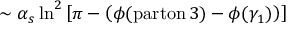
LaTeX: \sim \alpha _ { s } \ln ^ { 2 } \left[ \pi - \left( \phi ( \mathrm { p a r t o n } \, 3 ) - \phi ( \gamma _ { 1 } ) \right) \right]